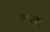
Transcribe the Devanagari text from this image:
७९वा